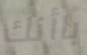
باأنك